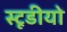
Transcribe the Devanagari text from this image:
स्टूडीयो